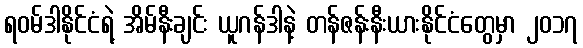
ရဝမ်ဒါနိုင်ငံရဲ့ အိမ်နီးချင်း ယူဂန်ဒါနဲ့ တန်ဇန်းနီးယားနိုင်ငံတွေမှာ ၂၀၁၇